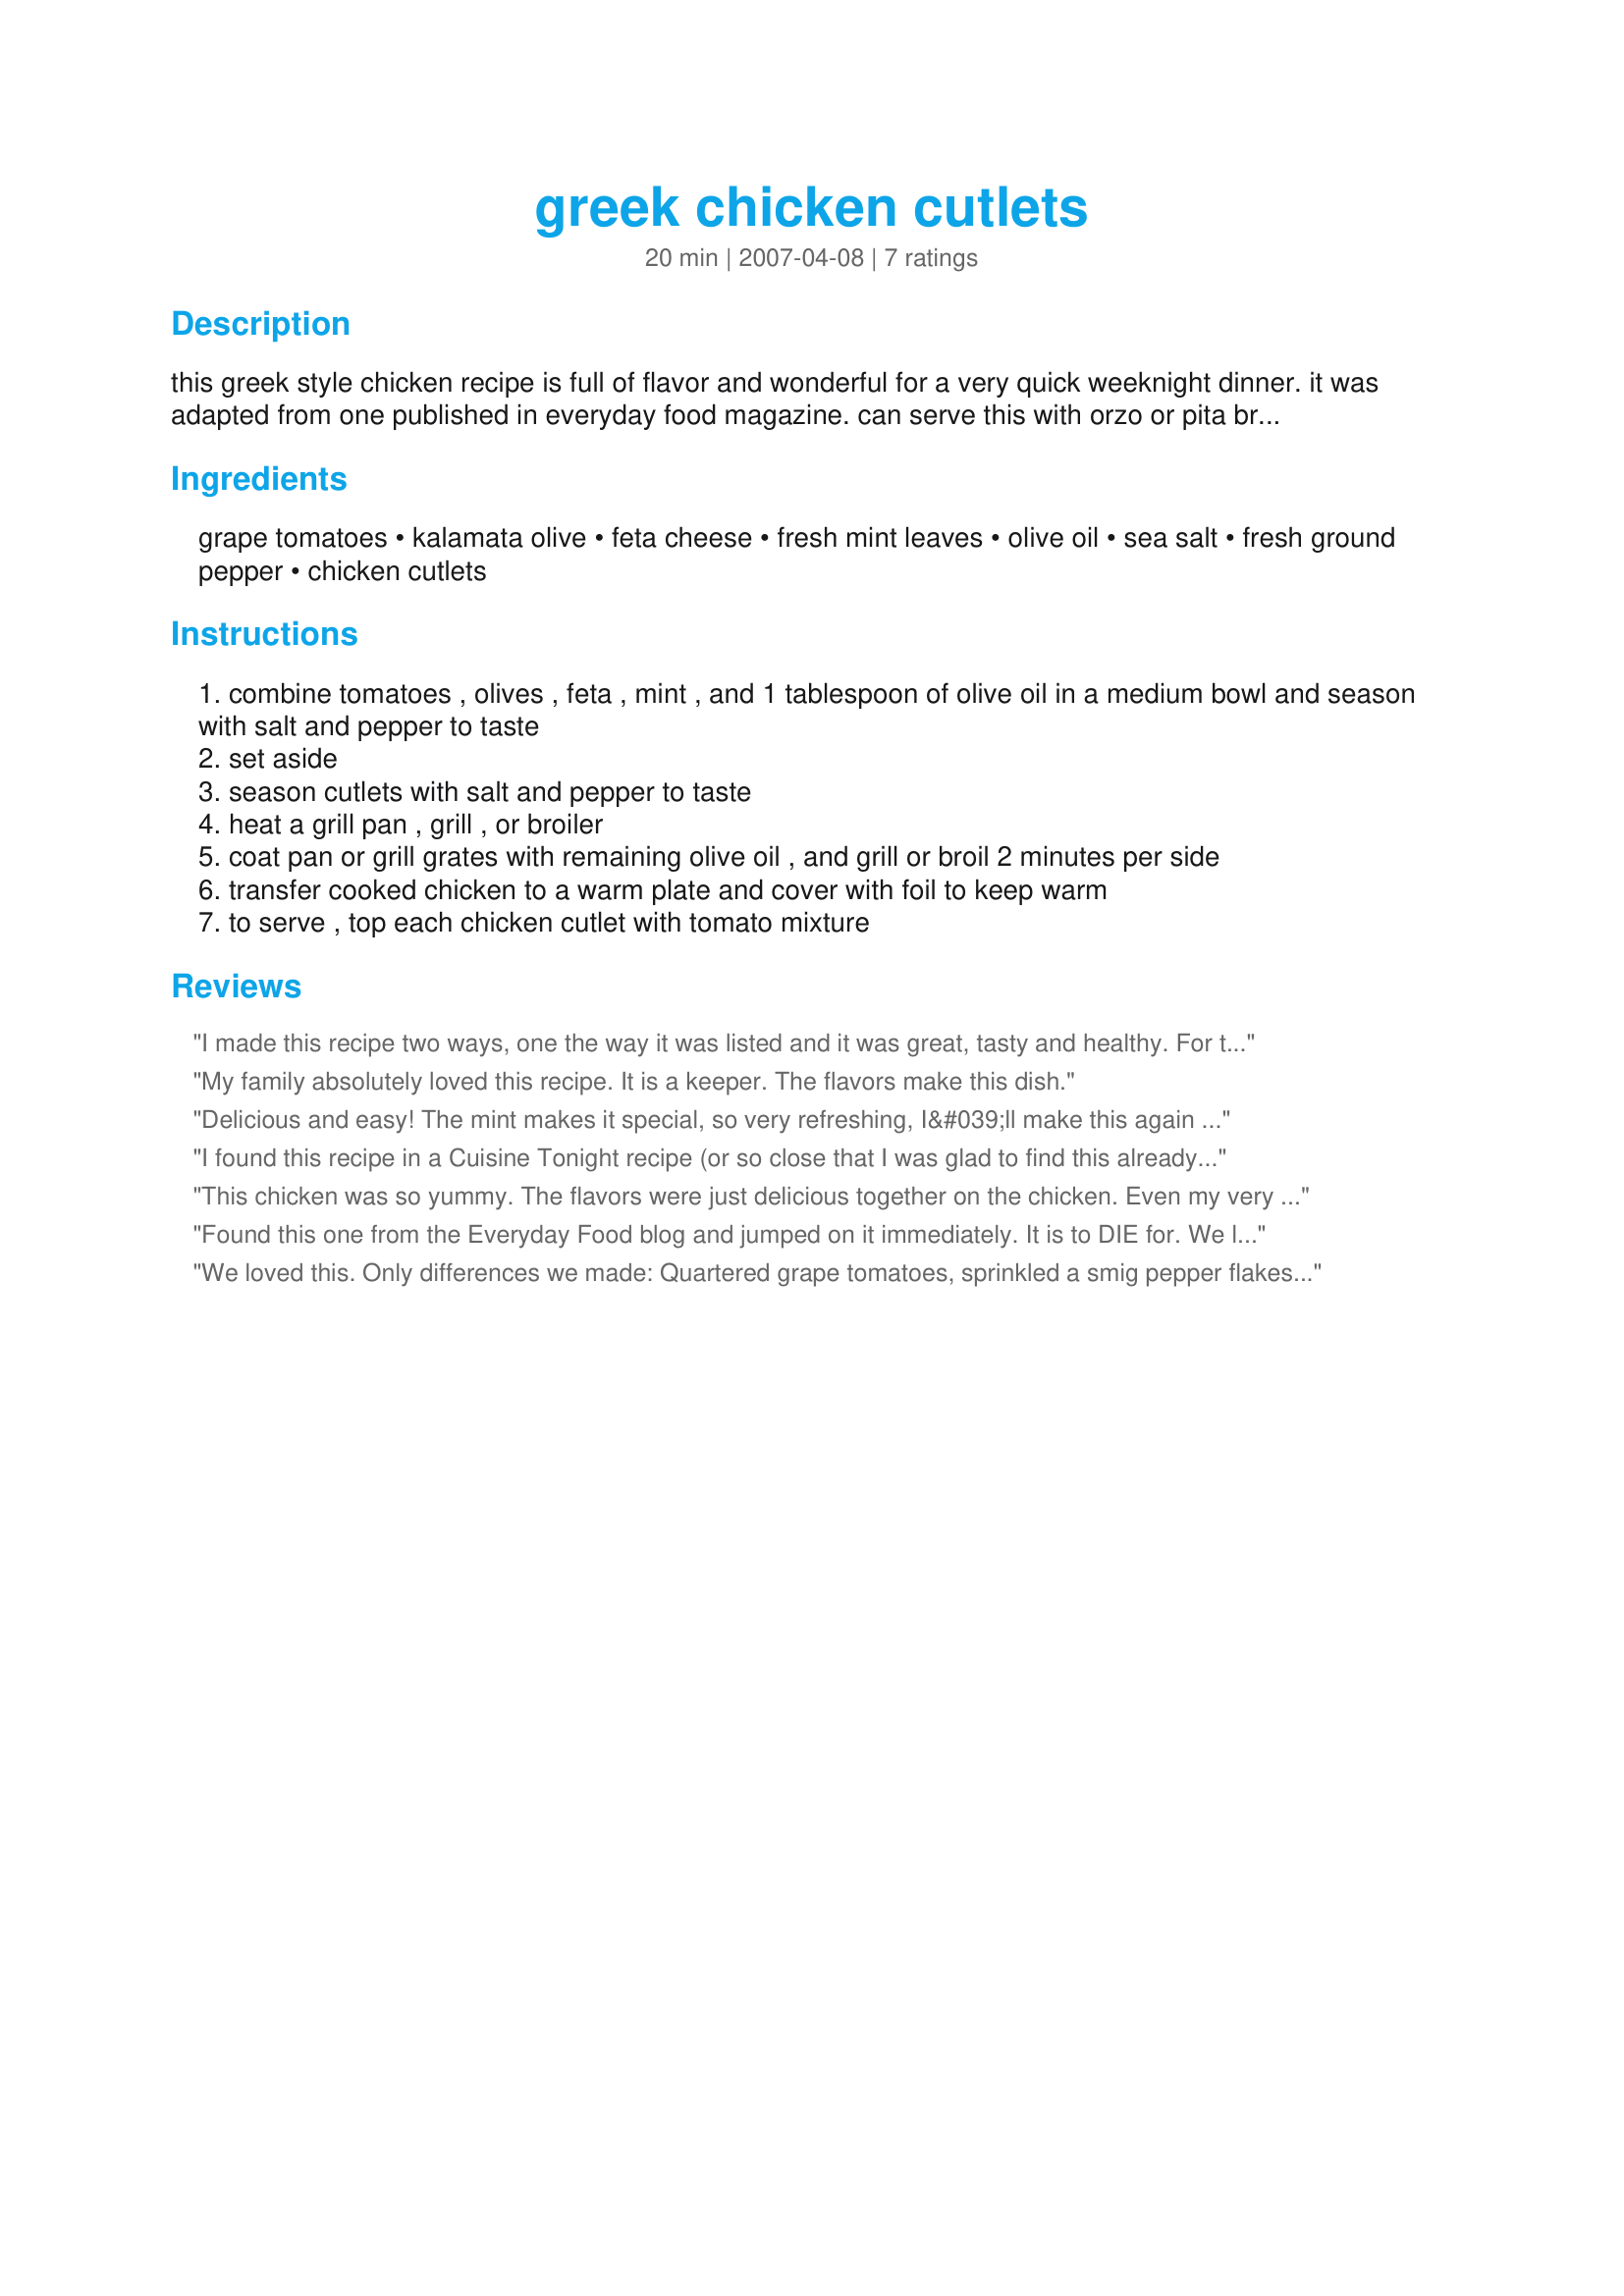
greek chicken cutlets
Preparation time: 20 minutes

this greek style chicken recipe is full of flavor and wonderful for a very quick weeknight dinner. it was adapted from one published in everyday food magazine.
can serve this with orzo or pita bread for a complete meal.

Ingredients:
grape tomatoes, kalamata olive, feta cheese, fresh mint leaves, olive oil, sea salt, fresh ground pepper, chicken cutlets

Steps:
combine tomatoes , olives , feta , mint , and 1 tablespoon of olive oil in a medium bowl and season with salt and pepper to taste
set aside
season cutlets with salt and pepper to taste
heat a grill pan , grill , or broiler
coat pan or grill grates with remaining olive oil , and grill or broil 2 minutes per side
transfer cooked chicken to a warm plate and cover with foil to keep warm
to serve , top each chicken cutlet with tomato mixture

Reviews:
I made this recipe two ways, one the way it was listed and it was great, tasty and healthy. For the vegan challenge for ZWT9, I substituted the feta cheese with Recipe #118182, 118182. I also substituted the chicken with Recipe #504546, 594546. It was great this way and now it is vegan friendly and still good and healthy.
My family absolutely loved this recipe. It is a keeper. The flavors make this dish.
Delicious and easy! The mint makes it special, so very refreshing, I&#039;ll make this again for sure. We enjoyed it very much.&lt;br/&gt;Made for ZWT 9 / Greece for The Apron String Travelers
I found this recipe in a Cuisine Tonight recipe (or so close that I was glad to find this already here and posted) and it's wonderful. The only slight differances where it didn't have the mint (must say I like the idea of that) used a 1/4 cup of dry white wine and 1/2 cup chicken broth and 1 tablespoon fresh lemon. The rest was pretty much the same. Wonderful fresh flavors that I'll be making often and looked so pretty too - can't go wrong. I served with yogurt mashed potatoes and the rest of that dry white wine.
This chicken was so yummy. The flavors were just delicious together on the chicken. Even my very picky little sister raved about this dish, thanks so much for a great dinner! Made this for ZWT4 for the Chic Chefs :)
Found this one from the Everyday Food blog and jumped on it immediately. It is to DIE for. We left the mint leaves whole so that the topping was almost like a salad. When I saw how much 1/2 a cup of mint was going to be I thought the mint would really overwhelm the dish - I was pleasantly surprised! It's really fantastic and I'm looking forward to leftovers tonight!
We loved this. Only differences we made: Quartered grape tomatoes, sprinkled a smig pepper flakes on the chicken before cooking and chicken was tender loins. All of the rest was &quot;as recipe&quot;. Doing this meal again soon. Thanks for the recipe
